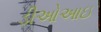
ડીઓઆઇ